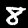
Label: 8